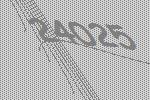
24025